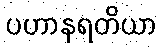
ပဟာနရတိယာ